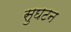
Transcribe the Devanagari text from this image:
सुघटन